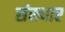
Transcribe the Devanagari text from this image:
संख्यार